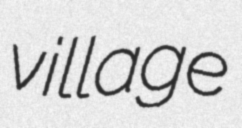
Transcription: village